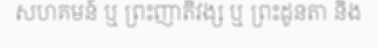
សហគមន៍ ឬ ព្រះញាតិវង្ស ឬ ព្រះដូនតា និង